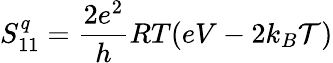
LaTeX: S_{11}^{q}=\frac{2e^{2}}{h}RT(eV-2k_{B}\mathcal{T})